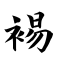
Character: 裼